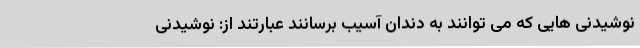
نوشیدنی هایی که می توانند به دندان آسیب برسانند عبارتند از: نوشیدنی